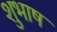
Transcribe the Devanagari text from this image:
शुभाष